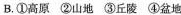
B.①高原②山地③丘陵④盆地